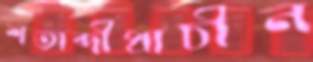
শতাব্দীপ্রাচীন